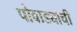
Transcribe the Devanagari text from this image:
पोवाड्याची